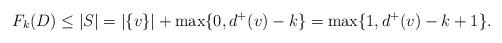
LaTeX: \begin{align*} F_k(D) \leq |S| = |\{v\}| + \max\{0, d^+(v)-k\} = \max\{1, d^+(v) - k + 1 \}.\end{align*}